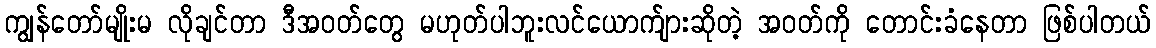
ကျွန်တော်မျိုးမ လိုချင်တာ ဒီအဝတ်တွေ မဟုတ်ပါဘူးလင်ယောက်ျားဆိုတဲ့ အဝတ်ကို တောင်းခံနေတာ ဖြစ်ပါတယ်